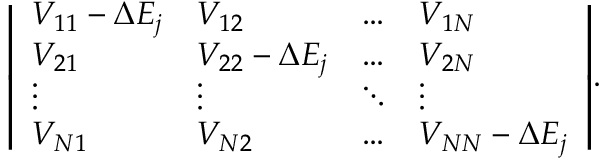
{ \left| \begin{array} { l l l l } { V _ { 1 1 } - \Delta E _ { j } } & { V _ { 1 2 } } & { \dots } & { V _ { 1 N } } \\ { V _ { 2 1 } } & { V _ { 2 2 } - \Delta E _ { j } } & { \dots } & { V _ { 2 N } } \\ { \vdots } & { \vdots } & { \ddots } & { \vdots } \\ { V _ { N 1 } } & { V _ { N 2 } } & { \dots } & { V _ { N N } - \Delta E _ { j } } \end{array} \right| } .